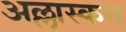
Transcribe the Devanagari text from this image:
अल्लास्कन